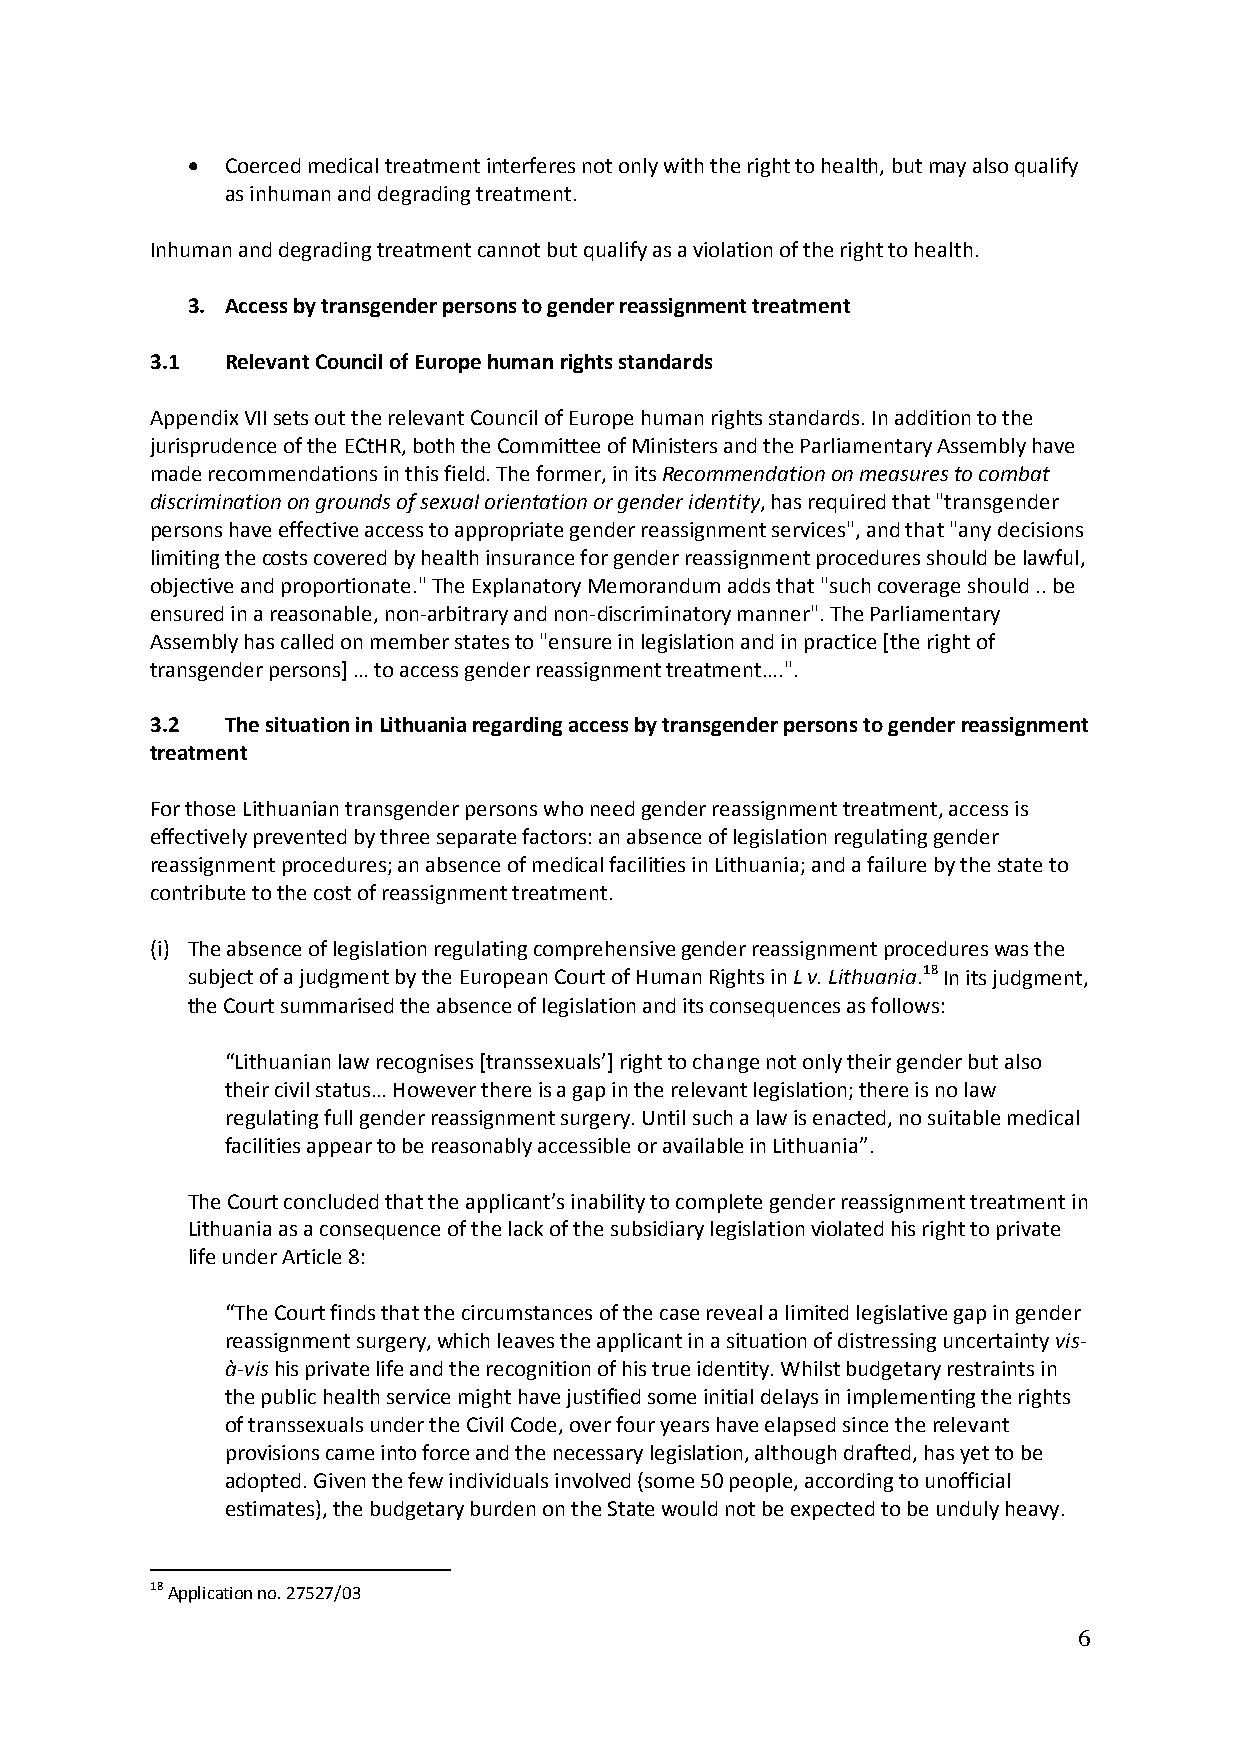
•  Coerced medical treatment interferes not only with the right to health, but may also qualify
 as inhuman and degrading treatment.
 Inhuman and degrading treatment cannot but qualify as a violation of the right to health.
 3. Access by transgender persons to gender reassignment treatment
 3.1  Relevant Council of Europe human rights standards
 Appendix VII sets out the relevant Council of Europe human rights standards. In addition to the
 jurisprudence of the ECtHR, both the Committee of Ministers and the Parliamentary Assembly have
 made recommendations in this field. The former, in its Recommendation on measures to combat
 discrimination on grounds of sexual orientation or gender identity, has required that "transgender
 persons have effective access to appropriate gender reassignment services", and that "any decisions
 limiting the costs covered by health insurance for gender reassignment procedures should be lawful,
 objective and proportionate." The Explanatory Memorandum adds that "such coverage should .. be
 ensured in a reasonable, non-arbitrary and non-discriminatory manner". The Parliamentary
 Assembly has called on member states to "ensure in legislation and in practice [the right of
 transgender persons] … to access gender reassignment treatment….".
 3.2  The situation in Lithuania regarding access by transgender persons to gender reassignment
 treatment
 For those Lithuanian transgender persons who need gender reassignment treatment, access is
 effectively prevented by three separate factors: an absence of legislation regulating gender
 reassignment procedures; an absence of medical facilities in Lithuania; and a failure by the state to
 contribute to the cost of reassignment treatment.
 (i) The absence of legislation regulating comprehensive gender reassignment procedures was the
 subject of a judgment by the European Court of Human Rights in L v. Lithuania.18 In its judgment,
 the Court summarised the absence of legislation and its consequences as follows:
 “Lithuanian law recognises [transsexuals’] right to change not only their gender but also
 their civil status… However there is a gap in the relevant legislation; there is no law
 regulating full gender reassignment surgery. Until such a law is enacted, no suitable medical
 facilities appear to be reasonably accessible or available in Lithuania”.
 The Court concluded that the applicant’s inability to complete gender reassignment treatment in
 Lithuania as a consequence of the lack of the subsidiary legislation violated his right to private
 life under Article 8:
 “The Court finds that the circumstances of the case reveal a limited legislative gap in gender
 reassignment surgery, which leaves the applicant in a situation of distressing uncertainty vis-
 à-vis his private life and the recognition of his true identity. Whilst budgetary restraints in
 the public health service might have justified some initial delays in implementing the rights
 of transsexuals under the Civil Code, over four years have elapsed since the relevant
 provisions came into force and the necessary legislation, although drafted, has yet to be
 adopted. Given the few individuals involved (some 50 people, according to unofficial
 estimates), the budgetary burden on the State would not be expected to be unduly heavy.
 18 Application no. 27527/03
 6